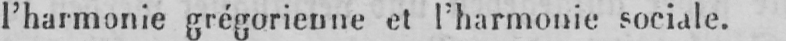
l’harmonie grégorienne et l’harmonie sociale.